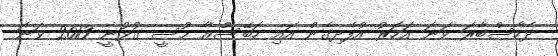
ދެހާސްބާރަ ވަނަ އަހަރު އުފެދިގެން އައި ހަބޭސްއާ މުސީ ގުޅުނީ 2013 ވަނަ